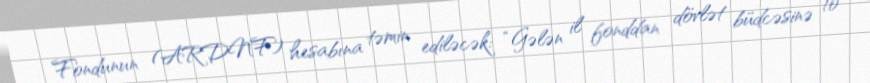
Fondunun (ARDNF) hesabına təmin ediləcək: “Gələn il fonddan dövlət büdcəsinə 10